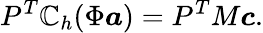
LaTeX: P^{T}\mathbb{C}_{h}(\Phi\boldsymbol{a})=P^{T}M\boldsymbol{c}.